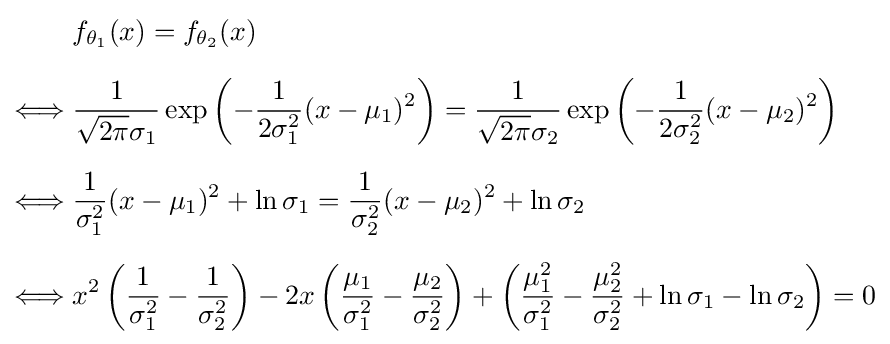
{\begin{aligned}&f_{\theta _{1}}(x)=f_{\theta _{2}}(x)\\[6pt]\Longleftrightarrow {}&{\frac {1}{{\sqrt {2\pi }}\sigma _{1}}}\exp \left(-{\frac {1}{2\sigma _{1}^{2}}}(x-\mu _{1})^{2}\right)={\frac {1}{{\sqrt {2\pi }}\sigma _{2}}}\exp \left(-{\frac {1}{2\sigma _{2}^{2}}}(x-\mu _{2})^{2}\right)\\[6pt]\Longleftrightarrow {}&{\frac {1}{\sigma _{1}^{2}}}(x-\mu _{1})^{2}+\ln \sigma _{1}={\frac {1}{\sigma _{2}^{2}}}(x-\mu _{2})^{2}+\ln \sigma _{2}\\[6pt]\Longleftrightarrow {}&x^{2}\left({\frac {1}{\sigma _{1}^{2}}}-{\frac {1}{\sigma _{2}^{2}}}\right)-2x\left({\frac {\mu _{1}}{\sigma _{1}^{2}}}-{\frac {\mu _{2}}{\sigma _{2}^{2}}}\right)+\left({\frac {\mu _{1}^{2}}{\sigma _{1}^{2}}}-{\frac {\mu _{2}^{2}}{\sigma _{2}^{2}}}+\ln \sigma _{1}-\ln \sigma _{2}\right)=0\end{aligned}}